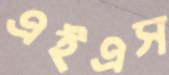
এইএস